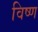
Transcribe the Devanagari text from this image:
विष्ण